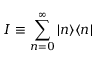
I \equiv \sum _ { n = 0 } ^ { \infty } | n \rangle \langle n |